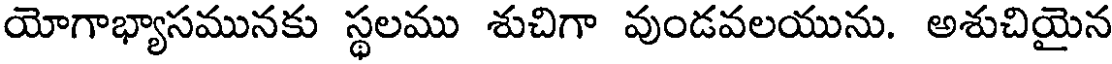
యోగాభ్యాసమునకు స్థలము శుచిగా వుండవలయును. అశుచియైన